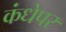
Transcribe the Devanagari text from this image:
कंधेपर